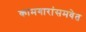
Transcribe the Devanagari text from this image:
कामगारांसमवेत